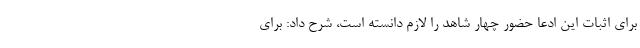
برای اثبات این ادعا حضور چهار شاهد را لازم دانسته است، شرح داد: برای